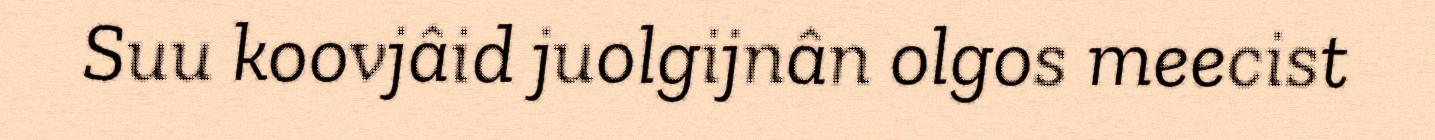
Suu koovjâid juolgijnân olgos meecist